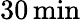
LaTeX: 30\, \mathrm{{min}}